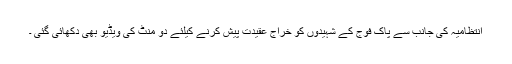
انتظامیہ کی جانب سے پاک فوج کے شہیدوں کو خراج عقیدت پیش کرنے کیلئے دو منٹ کی ویڈیو بھی دکھائی گئی ۔